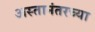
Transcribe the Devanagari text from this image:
अस्तानंतरच्या